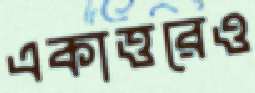
একাত্তরেও